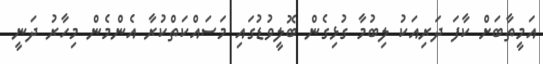
އަމީތާބަށް ކާފަ ދަރިއަކު ލިބުމާ ގުޅިގެން ބޮލީވުޑުގައި މަސައްކަތްކުރާ އެންމެން މިހާރު ދަނީ